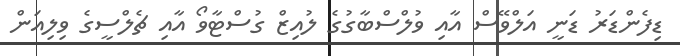
ޑިފެންޑަރު ޑަނީ އަލްވޭސް އާއި ވުލްސްބާގުގެ ލުއިޒް ގުސްޓާވޯ އާއި ޗެލްސީގެ ވިލިއަން